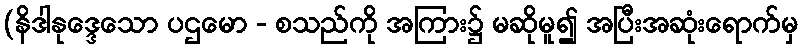
(နိဒါနုဒ္ဒေသော ပဌမော - စသည်ကို အကြား၌ မဆိုမူ၍ အပြီးအဆုံးရောက်မှ